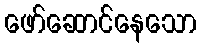
ဖော်ဆောင်နေသော